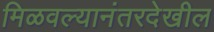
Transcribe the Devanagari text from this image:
मिळवल्यानंतरदेखील